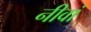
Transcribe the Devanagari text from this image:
नीवां